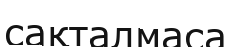
сақталмаса